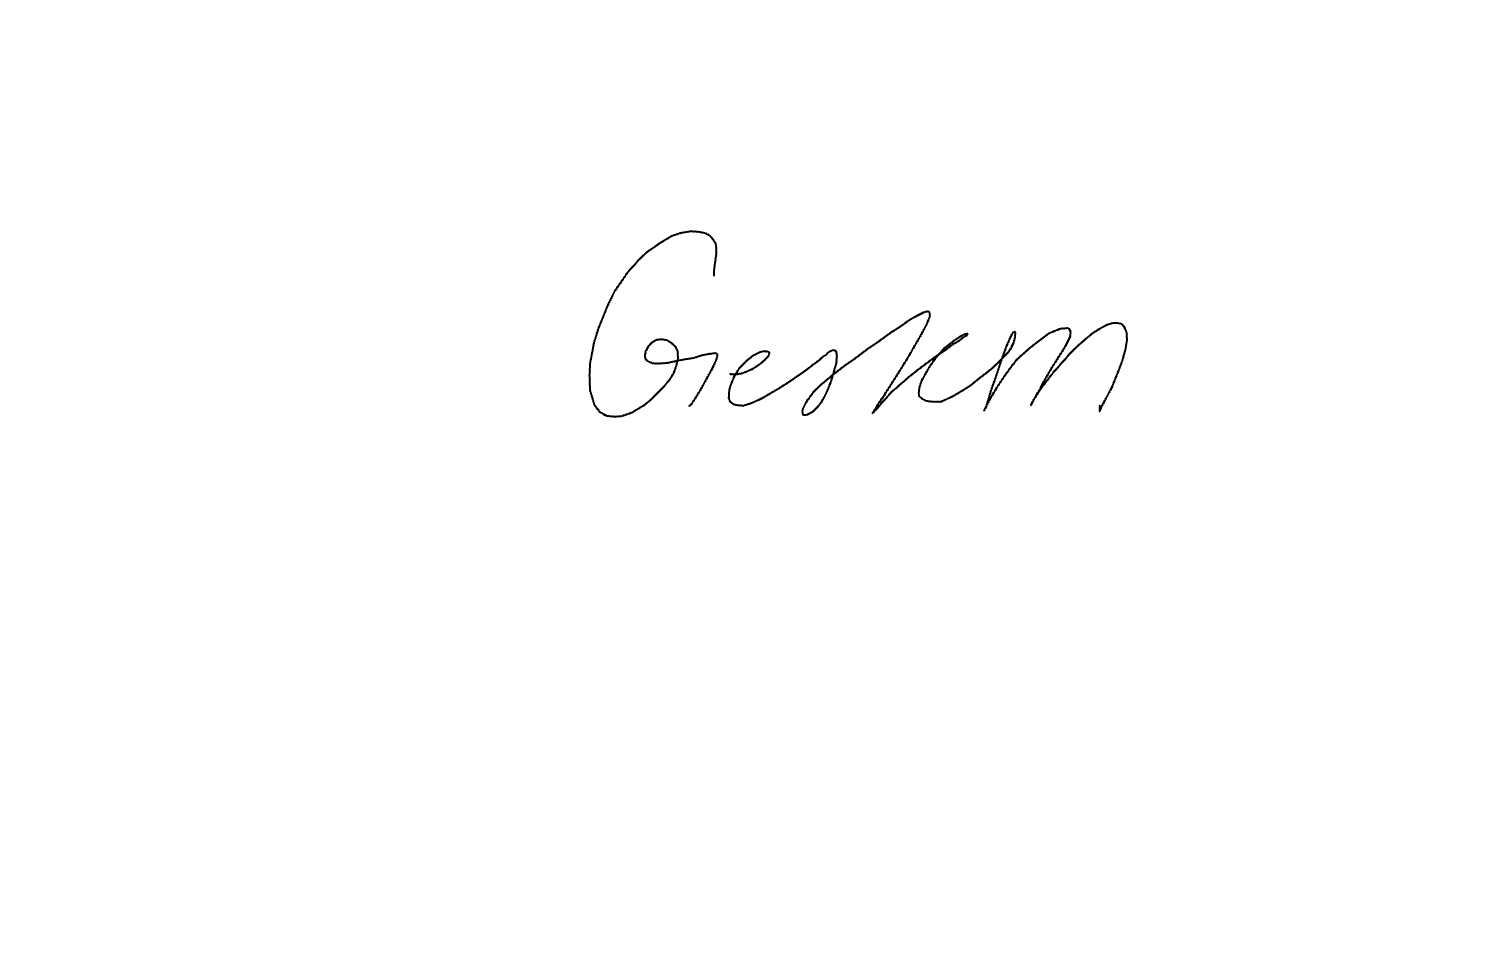
Text: Gestern